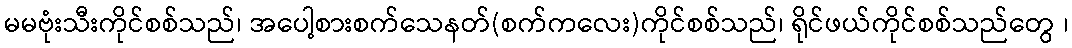
မမဗုံးသီးကိုင်စစ်သည်၊ အပေါ့စားစက်သေနတ်(စက်ကလေး)ကိုင်စစ်သည်၊ ရိုင်ဖယ်ကိုင်စစ်သည်တွေ ၊